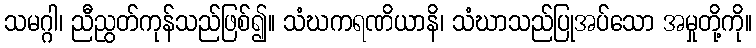
သမဂ္ဂါ၊ ညီညွတ်ကုန်သည်ဖြစ်၍။ သံဃကရဏိယာနိ၊ သံဃာသည်ပြုအပ်သော အမှုတို့ကို။